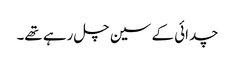
چدائی کے سین چل رہے تھے۔